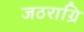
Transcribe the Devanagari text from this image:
जठराग्रि